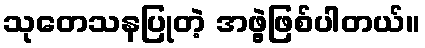
သုတေသနပြုတဲ့ အဖွဲ့ဖြစ်ပါတယ်။